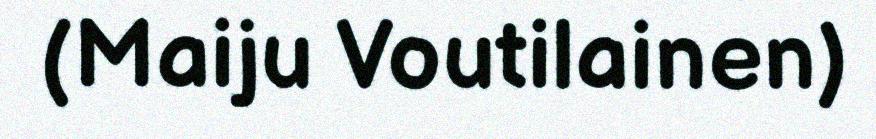
(Maiju Voutilainen)